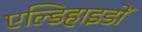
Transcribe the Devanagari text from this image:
एल्डिहाइडों